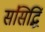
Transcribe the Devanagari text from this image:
संसिद्धिं